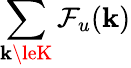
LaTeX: \sum_{\mathbf{k}\leK}\mathcal{{F}}_{u}({\mathbf{\mathbf{k}}})